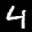
Label: 4